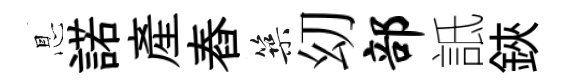
㤙諾産舂築㓜部詆鋏